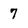
Character: 7